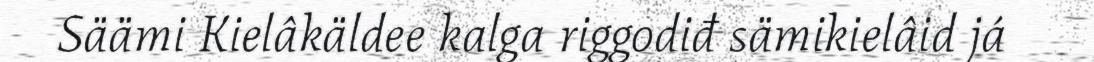
Säämi Kielâkäldee kalga riggodiđ sämikielâid já